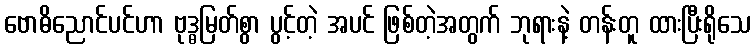
ဗောဓိညောင်ပင်ဟာ ဗုဒ္ဓမြတ်စွာ ပွင့်တဲ့ အပင် ဖြစ်တဲ့အတွက် ဘုရားနဲ့ တန်းတူ ထားပြီးရိုသေ